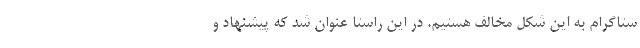
ستاگرام به این شکل مخالف هستیم. در این راستا عنوان شد که پیشنهاد و